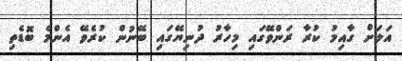
އަލަށް ގާއިމު ކުރާ ރަންވޭގައި މިހާރު ދުނިޔޭގައި ބޭނުން ކުރެވޭ އެންމެ ބޮޑެތި